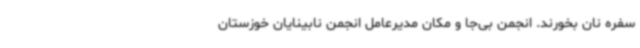
سفره نان بخورند. انجمن بی‌جا و مکان مدیرعامل انجمن نابینایان خوزستان